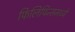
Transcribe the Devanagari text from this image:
फिलिपिन्समध्ये